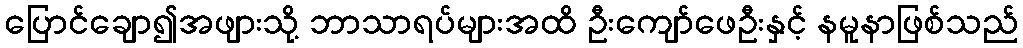
ပြောင်ချော၍အဖျားသို့ ဘာသာရပ်များအထိ ဦးကျော်ဖေဦးနှင့် နမူနာဖြစ်သည်